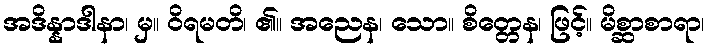
အဒိန္နာဒါနာ၊ မှ။ ဝိရမတိ၊ ၏။ အညေန၊ သော။ စိတ္တေန၊ ဖြင့်။ မိစ္ဆာစာရာ၊